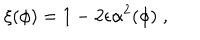
LaTeX: \xi ( \phi ) = 1 - 2 \epsilon \alpha ^ { 2 } ( \phi ) \; ,